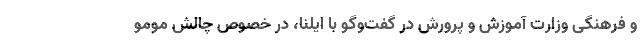
و فرهنگی وزارت آموزش و پرورش در گفت‌وگو با ایلنا، در خصوص چالش مومو